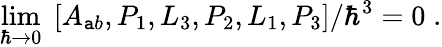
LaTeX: \operatorname*{lim}_{\hbar\rightarrow0}\; \left[A_{\mathtt{a}b},P_{1},L_{3},P_{2},L_{1},P_{3}\right]/\hbar^{3}=0\; .